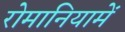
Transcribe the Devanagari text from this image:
रोमानियामें